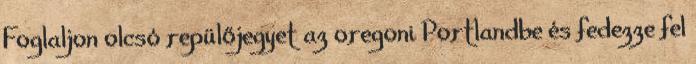
Foglaljon olcsó repülőjegyet az oregoni Portlandbe és fedezze fel